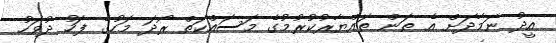
އީދު ނަމާދަށް އެ ތަން ތައްޔާރުކުރުމުގެ މަސައްކަތް ރޯދަ މަހުގެ ފަހު ދުވަހު